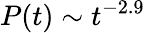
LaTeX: P(t)\sim t^{-2.9}